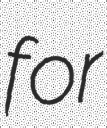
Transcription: for